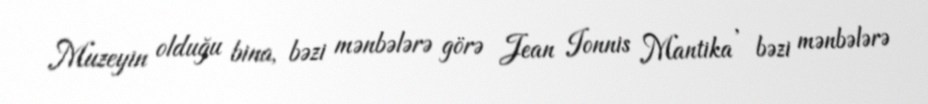
Muzeyin olduğu bina, bəzi mənbələrə görə Jean Ionnis Mantika , bəzi mənbələrə